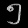
Digit: ၅